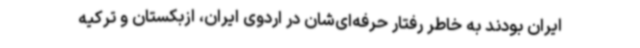
ایران بودند به خاطر رفتار حرفه‌ای‌شان در اردوی ایران، ازبکستان و ترکیه